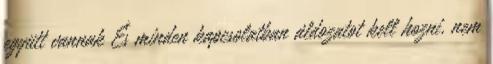
együtt vannak És minden kapcsolatban áldozatot kell hozni, nem